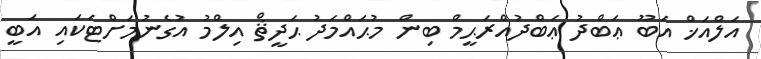
އަލްއަޚް އަބޫ ޢަބްދު ޢަބްދުއްރަޙީމް ބިން މުޙައްމަދު ޙަދީޘް އިލްމު އުގެނުމަށްޓަކައި އަބީ